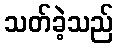
သတ်ခဲ့သည်